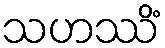
သဟဿိံ